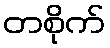
တစိုက်